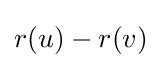
r(u)-r(v)